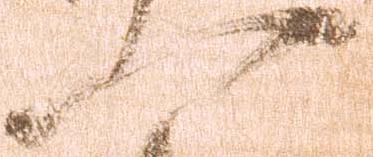
一